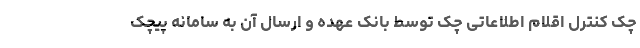
چک کنترل اقلام اطلاعاتی چک توسط بانک عهده و ارسال آن به سامانه پیچک